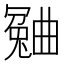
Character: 𣍍